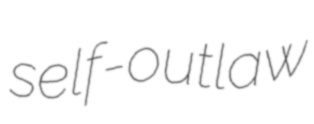
self-outlaw